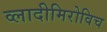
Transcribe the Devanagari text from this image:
व्लादीमिरोविच